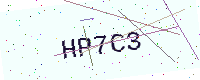
Text: HP7C3